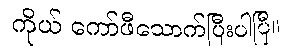
ကိုယ် ကော်ဖီသောက်ပြီးပါပြီ။